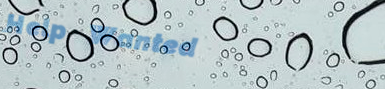
Help Wanted